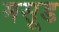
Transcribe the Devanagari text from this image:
मसूड